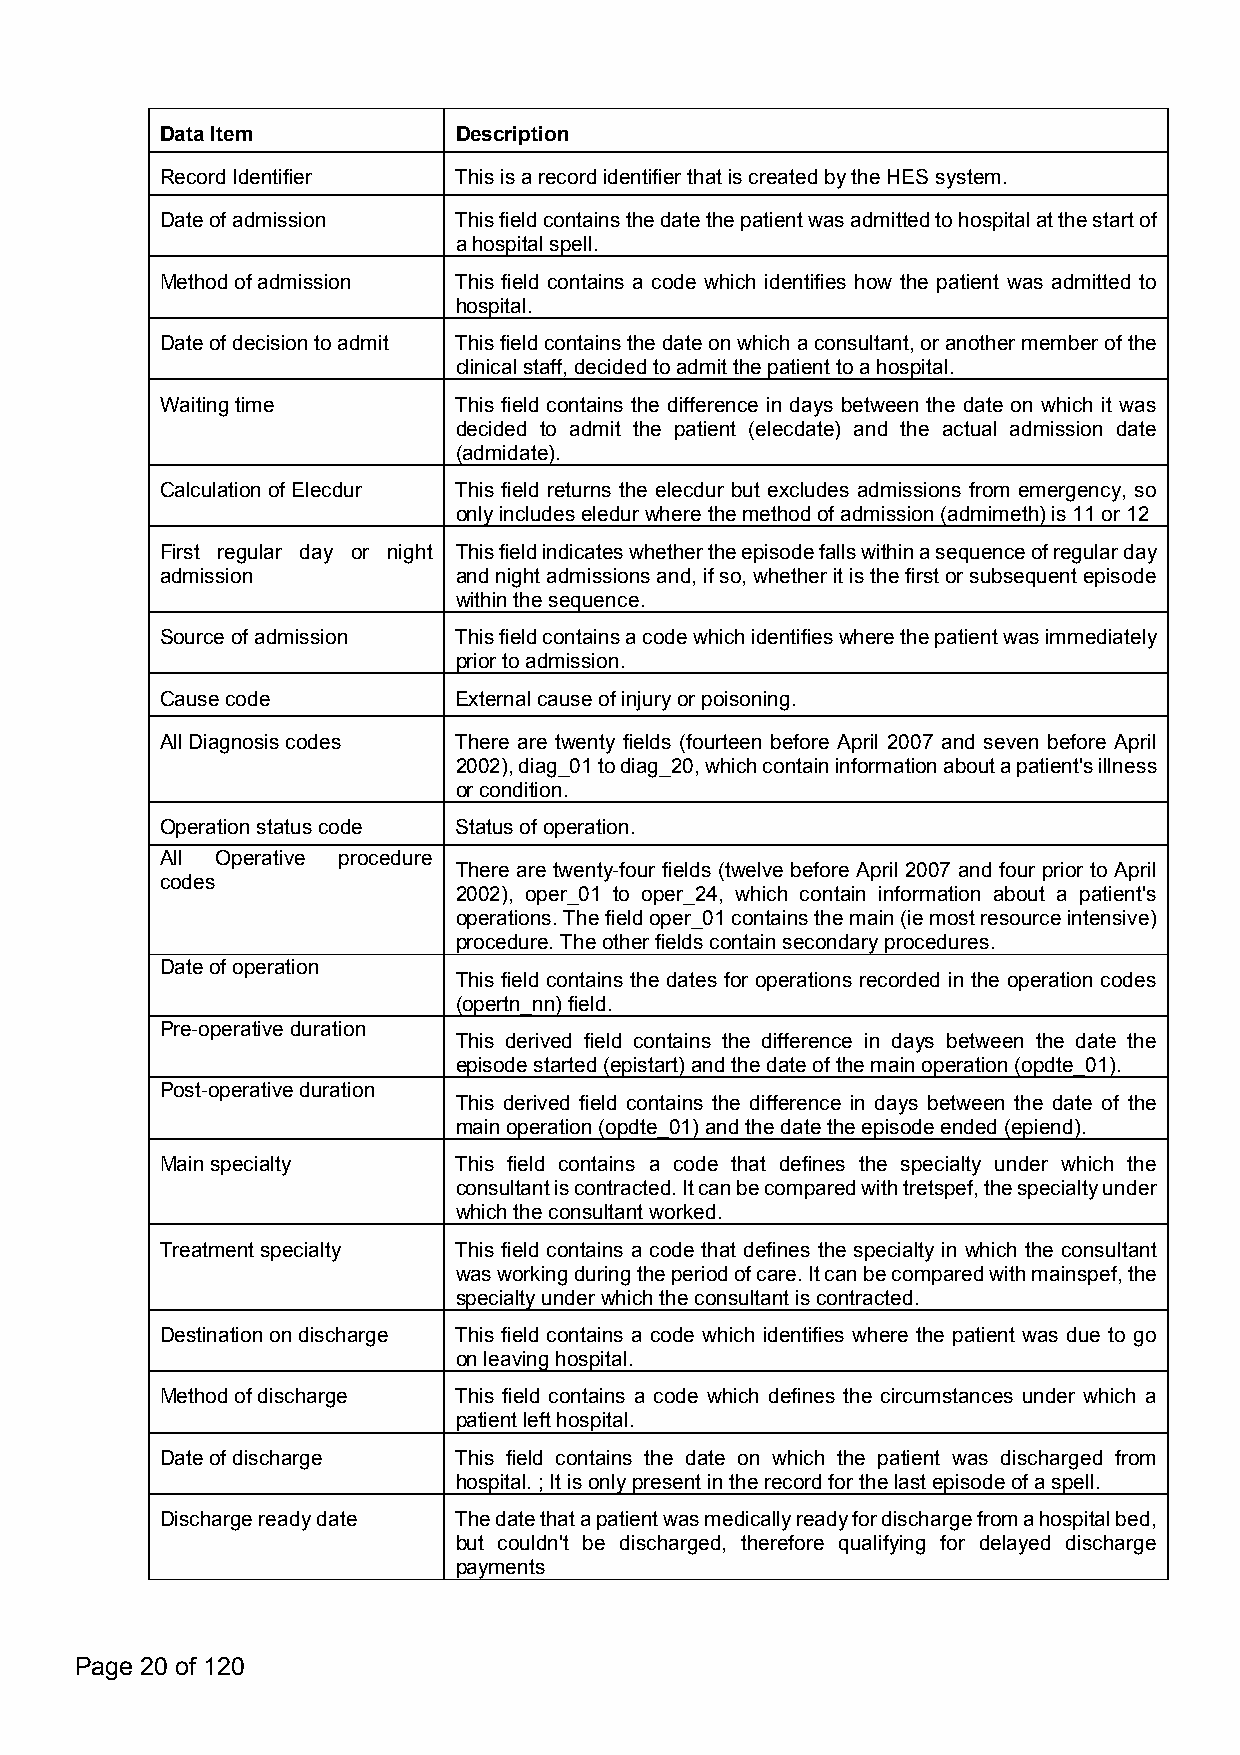
DataItem           Description
 RecordIdentifier   ThisisarecordidentifierthatiscreatedbytheHESsystem.
 Dateofadmission    Thisfieldcontainsthedatethepatientwasadmittedtohospitalatthestartof
 ahospitalspell.
 Methodofadmission  This field contains a code which identifies how the patient was admitted to
 hospital.
 Dateofdecisiontoadmit Thisfieldcontainsthedateonwhichaconsultant,oranothermemberofthe
 clinicalstaff,decidedtoadmitthepatienttoahospital.
 Waitingtime        This field contains the difference in days between the date on which it was
 decided to admit the patient (elecdate) and the actual admission date
 (admidate).
 CalculationofElecdur This field returns the elecdur but excludes admissions from emergency, so
 onlyincludeseledurwherethemethodofadmission(admimeth)is11or12
 First regular day or night Thisfieldindicateswhethertheepisodefallswithinasequenceofregularday
 admission          andnightadmissionsand,ifso,whetheritisthefirstorsubsequentepisode
 withinthesequence.
 Sourceofadmission  Thisfieldcontainsacodewhichidentifieswherethepatientwasimmediately
 priortoadmission.
 Causecode          Externalcauseofinjuryorpoisoning.
 AllDiagnosiscodes  There are twenty fields (fourteen before April 2007 and seven before April
 2002),diag_01todiag_20,whichcontaininformationaboutapatient'sillness
 orcondition.
 Operationstatuscode Statusofoperation.
 All Operative procedure
 There are twenty-four fields (twelve before April 2007 and four prior to April
 codes
 2002), oper_01 to oper_24, which contain information about a patient's
 operations.Thefieldoper_01containsthemain(iemostresourceintensive)
 procedure.Theotherfieldscontainsecondaryprocedures.
 Dateofoperation
 This field contains the dates for operations recorded in the operation codes
 (opertn_nn)field.
 Pre-operativeduration
 This derived field contains the difference in days between the date the
 episodestarted(epistart)andthedateofthemainoperation(opdte_01).
 Post-operativeduration
 This derived field contains the difference in days between the date of the
 mainoperation(opdte_01)andthedatetheepisodeended(epiend).
 Mainspecialty      This field contains a code that defines the specialty under which the
 consultantiscontracted.Itcanbecomparedwithtretspef,thespecialtyunder
 whichtheconsultantworked.
 Treatmentspecialty This field contains a code that defines the specialty in which the consultant
 wasworkingduringtheperiodofcare.Itcanbecomparedwithmainspef,the
 specialtyunderwhichtheconsultantiscontracted.
 Destinationondischarge This field contains a code which identifies where the patient was due to go
 onleavinghospital.
 Methodofdischarge  This field contains a code which defines the circumstances under which a
 patientlefthospital.
 Dateofdischarge    This field contains the date on which the patient was discharged from
 hospital.;Itisonlypresentintherecordforthelastepisodeofaspell.
 Dischargereadydate Thedatethatapatientwasmedicallyreadyfordischargefromahospitalbed,
 but couldn't be discharged, therefore qualifying for delayed discharge
 payments
 Page 20 of 120